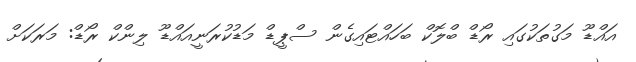
އައްޑޫ މަގުތަކުގައި ރޯޑް ބްލޮކް ބަހައްޓައިގެން ސްޕީޑް މަޑުކުރަނީއައްޑޫ ލިންކް ރޯޑް: މަރަކަށް